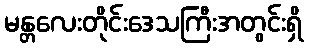
မန္တလေးတိုင်းဒေသကြီးအတွင်းရှိ